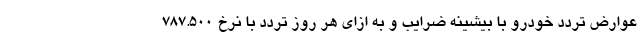
عوارض تردد خودرو با بیشینه ضرایب و به ازای هر روز تردد با نرخ ۷۸۷.۵۰۰